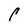
Character: P